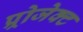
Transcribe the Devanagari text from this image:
प्र्रोजेक्ट